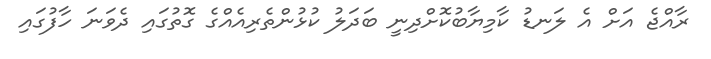
ރާއްޖެ އަށް އެ ލަނޑު ކާމިޔާބުކޮށްދިނީ ބަދަލު ކުޅުންތެރިއެއްގެ ގޮތުގައި ދެވަނަ ހާފުގައި